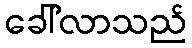
ခေါ်လာသည်